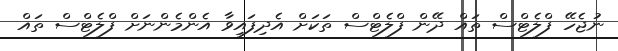
ނުޖެހޭ ފްލެޓްސް ތައް ދޭން ފްލެޓްސް ތަކަށް އެދިފައިވާ އެންމެންނަށް ފްލެޓްސް ތައް